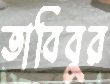
তাবিবুর